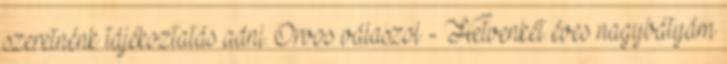
szeretnénk tájékoztatás adni. Orvos válaszol - Hetvenkét éves nagybátyám